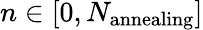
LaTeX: n\in[0,N_{\mathrm{annealing}}]